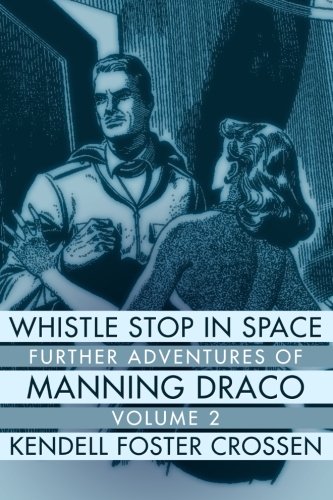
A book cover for Whistle Stop in Space: Further Adventures of Manning Draco, Volume 2; Kendell Foster Crossen; Science Fiction & Fantasy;